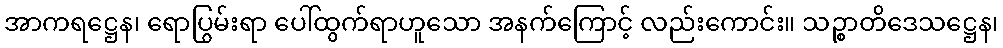
အာကရဋ္ဌေန၊ ရောပြွမ်းရာ ပေါ်ထွက်ရာဟူသော အနက်ကြောင့် လည်းကောင်း။ သဉ္စာတိဒေသဋ္ဌေန၊